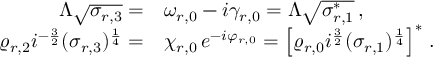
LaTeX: \begin{array} { r l } { { \Lambda \sqrt { \sigma _ { r , 3 } } = } } & { { \omega _ { r , 0 } - i \gamma _ { r , 0 } = \Lambda \sqrt { \sigma _ { r , 1 } ^ { * } } \, , } } \\ { { \varrho _ { r , 2 } i ^ { - \frac { 3 } { 2 } } ( \sigma _ { r , 3 } ) ^ { \frac { 1 } { 4 } } = } } & { { \chi _ { r , 0 } \, e ^ { - i \varphi _ { r , 0 } } = \left[ \varrho _ { r , 0 } i ^ { \frac { 3 } { 2 } } ( \sigma _ { r , 1 } ) ^ { \frac { 1 } { 4 } } \right] ^ { * } \, . } } \end{array}